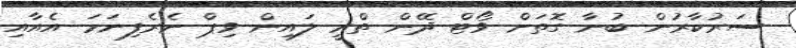
ސަރުކާރުން ބުނާ ގޮތަށް ވޯޓް ދޭން ތްރީ ލައިން ވިޕް ނެރެފިނަމަ އެއާއި